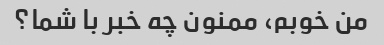
من خوبم، ممنون چه خبر با شما؟